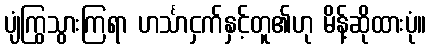
ပျံကြွသွားကြရာ ဟင်္သာငှက်နှင့်တူ၏ဟု မိန့်ဆိုထားပုံ။